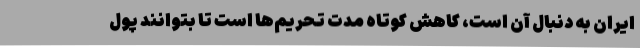
ایران به دنبال آن است، کاهش کوتاه مدت تحریم‌ها است تا بتوانند پول